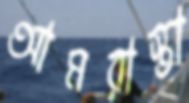
আমরাস্তা